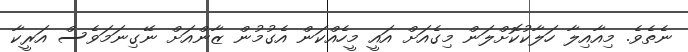
ނެތެވެ. މިއާއިލާ ހަލާކުކޮށްލަން މިގެއަށް އައީ މީހެއްކަން އެގުމުން ޒާންއަށް ނޭގިނަމަވެސް އަރީކާ